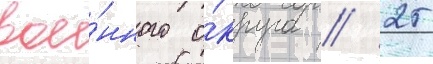
вое́нного о́круга // 25